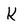
Character: K